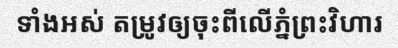
ទាំងអស់ តម្រូវឲ្យចុះពីលើភ្នំព្រះវិហារ